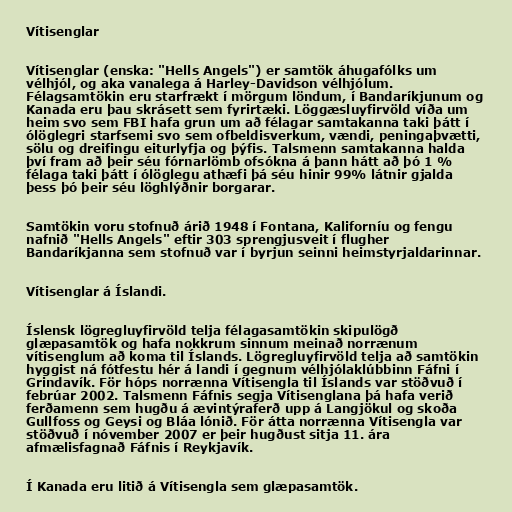
Vítisenglar

Vítisenglar (enska: "Hells Angels") er samtök áhugafólks um
vélhjól, og aka vanalega á Harley-Davidson vélhjólum.
Félagsamtökin eru starfrækt í mörgum löndum, í Bandaríkjunum og
Kanada eru þau skrásett sem fyrirtæki. Löggæsluyfirvöld víða um
heim svo sem FBI hafa grun um að félagar samtakanna taki þátt í
ólöglegri starfsemi svo sem ofbeldisverkum, vændi, peningaþvætti,
sölu og dreifingu eiturlyfja og þýfis. Talsmenn samtakanna halda
því fram að þeir séu fórnarlömb ofsókna á þann hátt að þó 1 %
félaga taki þátt í ólöglegu athæfi þá séu hinir 99% látnir gjalda
þess þó þeir séu löghlýðnir borgarar.

Samtökin voru stofnuð árið 1948 í Fontana, Kaliforníu og fengu
nafnið "Hells Angels" eftir 303 sprengjusveit í flugher
Bandaríkjanna sem stofnuð var í byrjun seinni heimstyrjaldarinnar.

Vítisenglar á Íslandi.

Íslensk lögregluyfirvöld telja félagasamtökin skipulögð
glæpasamtök og hafa nokkrum sinnum meinað norrænum
vítisenglum að koma til Íslands. Lögregluyfirvöld telja að samtökin
hyggist ná fótfestu hér á landi í gegnum vélhjólaklúbbinn Fáfni í
Grindavík. För hóps norrænna Vítisengla til Íslands var stöðvuð í
febrúar 2002. Talsmenn Fáfnis segja Vítisenglana þá hafa verið
ferðamenn sem hugðu á ævintýraferð upp á Langjökul og skoða
Gullfoss og Geysi og Bláa lónið. För átta norrænna Vítisengla var
stöðvuð í nóvember 2007 er þeir hugðust sitja 11. ára
afmælisfagnað Fáfnis í Reykjavík.

Í Kanada eru litið á Vítisengla sem glæpasamtök.